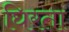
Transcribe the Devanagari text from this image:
घिरता